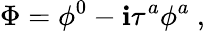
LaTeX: \Phi=\phi^{0}-\mathbf{i}\tau^{a}\phi^{a}~,